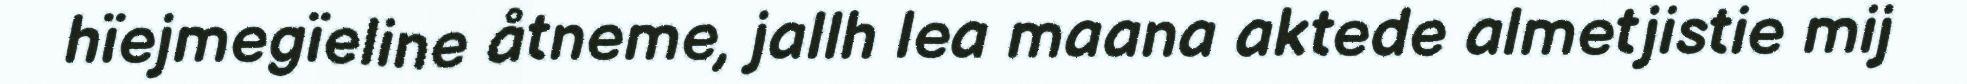
hïejmegïeline åtneme, jallh lea maana aktede almetjistie mij